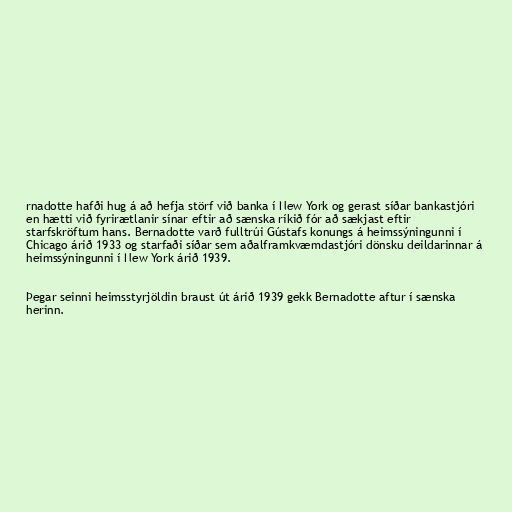
rnadotte hafði hug á að hefja störf við banka í New York og gerast síðar bankastjóri
en hætti við fyrirætlanir sínar eftir að sænska ríkið fór að sækjast eftir
starfskröftum hans. Bernadotte varð fulltrúi Gústafs konungs á heimssýningunni í
Chicago árið 1933 og starfaði síðar sem aðalframkvæmdastjóri dönsku deildarinnar á
heimssýningunni í New York árið 1939.

Þegar seinni heimsstyrjöldin braust út árið 1939 gekk Bernadotte aftur í sænska
herinn.